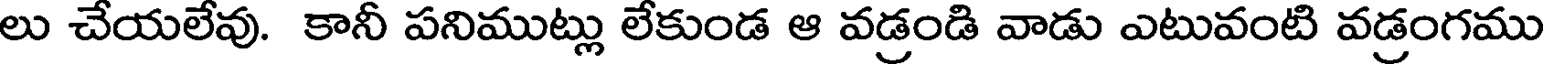
లు చేయలేవు. కానీ పనిముట్లు లేకుండ ఆ వడ్రండి వాడు ఎటువంటి వడ్రంగము